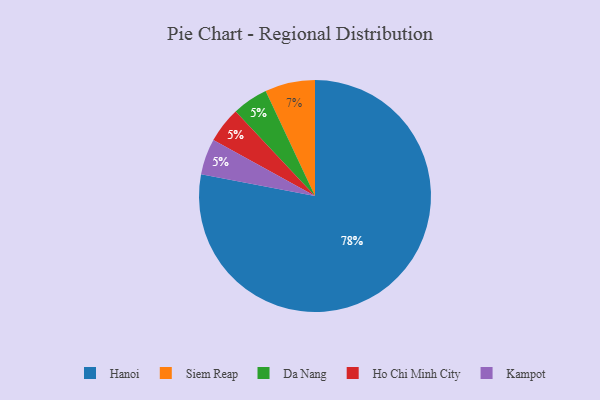
{"axis": {"x": "Category", "y": "Percentage"}, "legend": ["Da Nang", "Hanoi", "Ho Chi Minh City", "Kampot", "Siem Reap"], "data": [{"x": "Siem Reap", "y": 7, "type": "Siem Reap"}, {"x": "Da Nang", "y": 5, "type": "Da Nang"}, {"x": "Hanoi", "y": 78, "type": "Hanoi"}, {"x": "Ho Chi Minh City", "y": 5, "type": "Ho Chi Minh City"}, {"x": "Kampot", "y": 5, "type": "Kampot"}]}